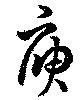
庚